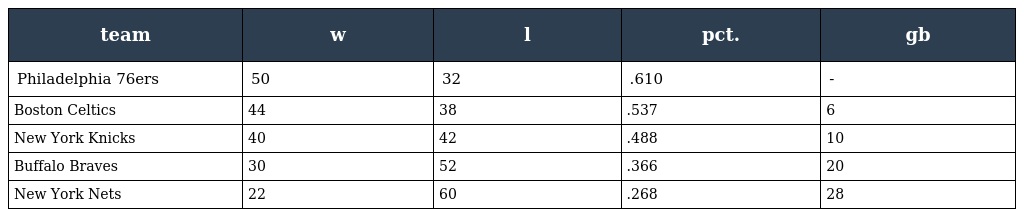
| team | w | l | pct. | gb |
 | --- | --- | --- | --- | --- |
 | Philadelphia 76ers | 50 | 32 | .610 | - |
 | Boston Celtics | 44 | 38 | .537 | 6 |
 | New York Knicks | 40 | 42 | .488 | 10 |
 | Buffalo Braves | 30 | 52 | .366 | 20 |
 | New York Nets | 22 | 60 | .268 | 28 |